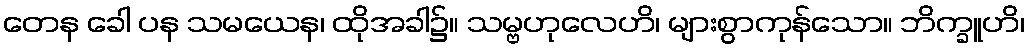
တေန ခေါ ပန သမယေန၊ ထိုအခါ၌။ သမ္ဗဟုလေဟိ၊ များစွာကုန်သော။ ဘိက္ခူဟိ၊